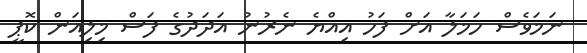
ނަމަވެސް ހަމަލާ އަށް ފަހު އިއްޔެ ނެރުނު އަދަދުގެ ފަސް މިލިއަން ކޮޕީ